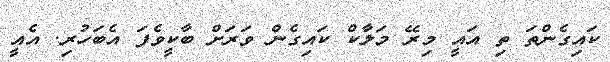
ކައިގެންތަ ތި އައީ މިރޭ މަލާކް ކައިގެން ވަރަށް ބާކީވެފަ އެބަހުރި. އެއީ